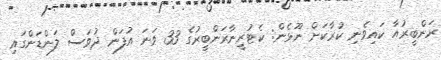
ރަންބީރުއާ ކައިވެނި ކުރާކަށް ނޫޅެން: ކެޓުރީނާރަންބީރުގެ 33 ވަނަ އުފަން ދުވަސް ލަންޑަންގައި